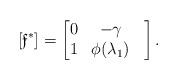
LaTeX: \begin{align*}[\mathfrak{f}^{*}]=\begin{bmatrix} 0 & -\gamma \\ 1 & \phi(\lambda_{1})& \end{bmatrix}.\end{align*}